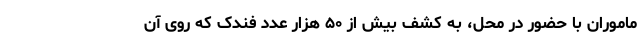
ماموران با حضور در محل، به کشف بیش از ۵۰ هزار عدد فندک که روی آن